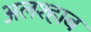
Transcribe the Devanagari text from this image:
अलश्हाब